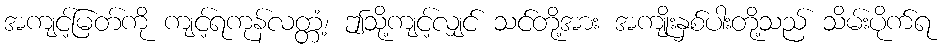
အကျင့်မြတ်ကို ကျင့်ရကုန်လတ္တံ့၊ ဤသို့ကျင့်လျှင် သင်တို့အား အကျိုးနှစ်ပါးတို့သည် သိမ်းပိုက်ရ